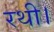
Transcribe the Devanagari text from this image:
रथी।